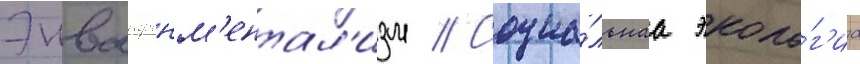
Энваиронм'ентал'изм // Социа́льнаа эколо́г'иа